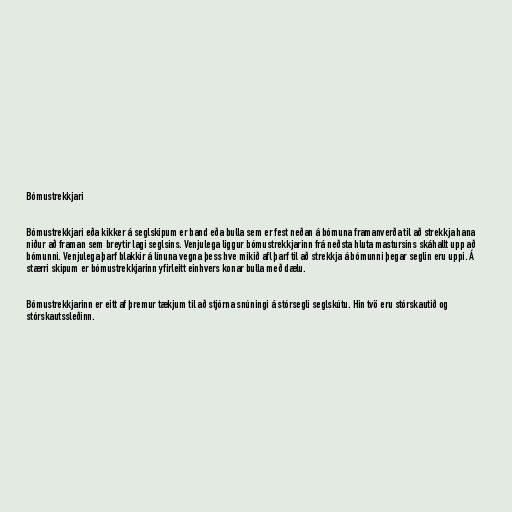
Bómustrekkjari

Bómustrekkjari eða kikker á seglskipum er band eða bulla sem er fest neðan á bómuna framanverða til að strekkja hana
niður að framan sem breytir lagi seglsins. Venjulega liggur bómustrekkjarinn frá neðsta hluta mastursins skáhallt upp að
bómunni. Venjulega þarf blakkir á línuna vegna þess hve mikið afl þarf til að strekkja á bómunni þegar seglin eru uppi. Á
stærri skipum er bómustrekkjarinn yfirleitt einhvers konar bulla með dælu.

Bómustrekkjarinn er eitt af þremur tækjum til að stjórna snúningi á stórsegli seglskútu. Hin tvö eru stórskautið og
stórskautssleðinn.